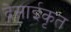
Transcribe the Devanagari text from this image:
देसाईकृत